Vaccine operations Central Provinces 1886-1899 - 1886-1899
Year: 1886
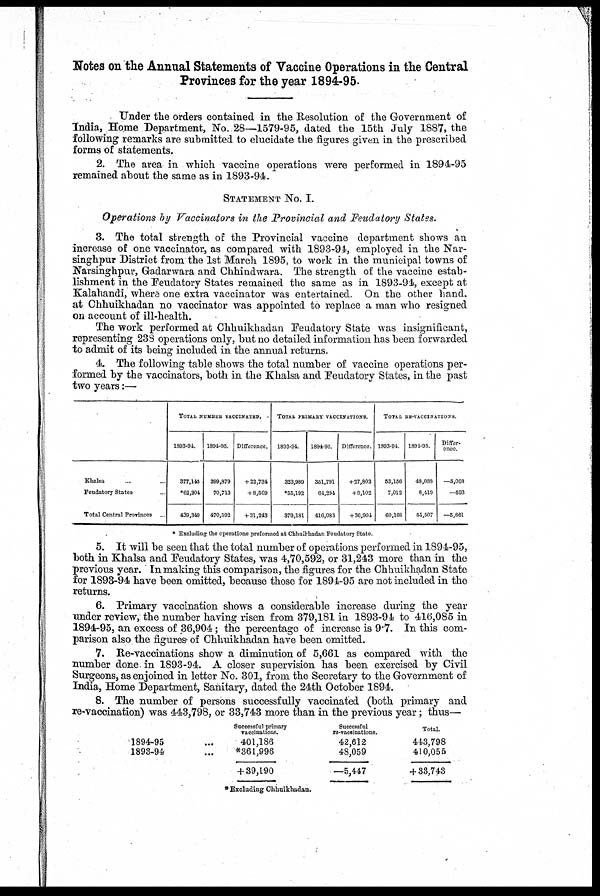
Notes on the Annual Statements of Vaccine Operations in the Central
Provinces for the year 1894-95.
Under the orders contained in the Resolution of the Government of
India, Home Department, No. 28—1579-95, dated the 15th July 1887, the
following remarks are submitted to elucidate the figures given in the prescribed
forms of statements.
2. The area in which vaccine operations were performed in 1894-95
remained about the same as in 1893-94.
STATEMENT No. I.
Operations by Vaccinators in the Provincial and Feudatory States.
3. The total strength of the Provincial vaccine department shows an
increase of one vaccinator, as compared with 1893-94, employed in the Nar-
singhpur District from the 1st March 1895, to work in the municipal towns of
Narsinghpur, Gadarwara and Chhindwara. The strength of the vaccine estab-
lishment in the Feudatory States remained the same as in 1893-94, except at
Kalahandi, where one extra vaccinator was entertained. On the other hand,
at Chhuikhadan no vaccinator was appointed to replace a man who resigned
on account of ill-health.
The work performed at Chhuikhadan Feudatory State was insignificant,
representing 238 operations only, but no detailed information has been forwarded
to admit of its being included in the annual returns.
4. The following table shows the total number of vaccine operations per-
formed by the vaccinators, both in the Khalsa and Feudatory States, in the past
two years:—
Khalsa ... ...
Feudatory States ...
Total Central Provinces
TOTAL NUMBER VACCINATED.
1893-94.
377,145
*62,304
439,349
1894-95.
399,879
70,713
470,592
Difference.
+22,734
+8,509
+31,243
TOTAL PRIMARY VACCINATIONS.
1893-94.
323,989
*55,192
379,181
1894-95.
351,791
64,294
416,085
Difference.
+27,802
+9,102
+36,904
TOTAL RE-VACCINATIONS.
1993-94
53,156
7,012
60,168
1894-95.
48,088
6,419
54,507
Differ-
ence.
—5,008
—593
—5,661
* Excluding the operations preformed at Chhuikhadan Feudatory State.
5. It will be seen that the total number of operations performed in 1894-95,
both in Khalsa and Feudatory States, was 4,70,592, or 31,243 more than in the
previous year. In making this comparison, the figures for the Chhuikhadan State
for 1893-94 have been omitted, because those for 1894-95 are not included in the
returns.
6. Primary vaccination shows a considerable increase during the year
under review, the number having risen from 379,181 in 1893-94 to 416,085 in
1894-95, an excess of 36,904; the percentage of increase is 9.7. In this com-
parison also the figures of Chhuikhadan have been omitted.
7. Re-vaccinations show a diminution of 5,661 as compared with the
number done in 1893-94. A closer supervision has been exercised by Civil
Surgeons, as enjoined in letter No. 301, from the Secretary to the Government of
India, Home Department, Sanitary, dated the 24th October 1894.
8. The number of persons successfully vaccinated (both primary and
re-vaccination) was 443,798, or 33,743 more than in the previous year; thus—
1894-95 ...
1893-94 ...
Successful primary
vaccinations.
401,186
*361,996
+ 39,190
Successful
re-vaccinations.
42,612
48,059
—5,447
Total.
443,798
410,055
+ 33,743
*Excluding Chhuikhadan.